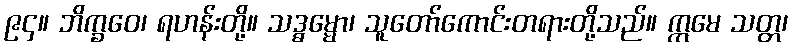
၉၄။ ဘိက္ခဝေ၊ ရဟန်းတို့။ သဒ္ဓမ္မော၊ သူတော်ကောင်းတရားတို့သည်။ ဣမေ သတ္တ၊